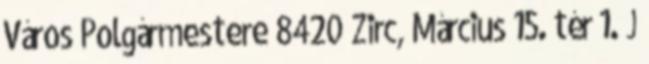
Város Polgármestere 8420 Zirc, Március 15. tér 1. J